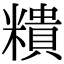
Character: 𥼩